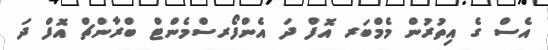
އެސް ގެ އިތުރުން މެމްބަރ އޮފް ދަ އެންފޯރސްމެންޓް ބްރާންޗް އޮފް ދަ